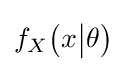
f_{X}\!\left(x{\big |}\theta \right)